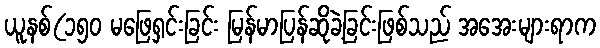
ယူနစ်(၁၅၀ မဖြေရှင်းခြင်း မြန်မာပြန်ဆိုခဲ့ခြင်းဖြစ်သည် အအေးများရာက